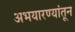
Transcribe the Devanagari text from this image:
अभयारण्यांतून